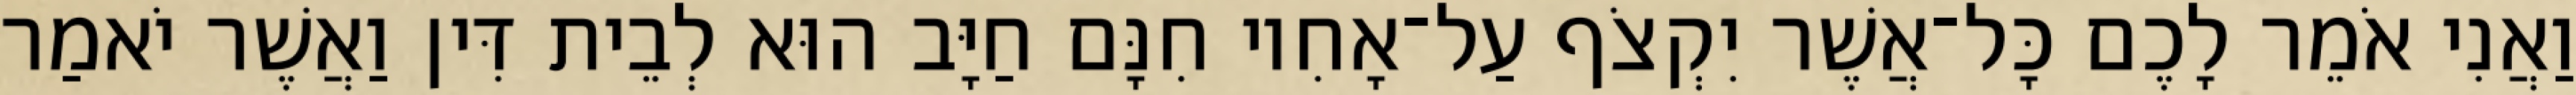
וַאֲנִי אֹמֵר לָכֶם כָּל־אֲשֶׁר יִקְצֹף עַל־אָחִיו חִנָּם חַיָּב הוּא לְבֵית דִּין וַאֲשֶׁר יֹאמַר